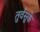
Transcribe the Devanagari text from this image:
तुर्वसुके